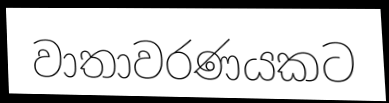
වාතාවරණයකට